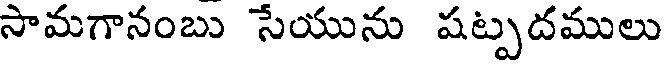
సామగానంబు సేయును షట్పదములు